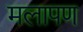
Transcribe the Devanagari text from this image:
मलापण